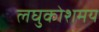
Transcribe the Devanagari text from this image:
लघुकोशमय